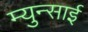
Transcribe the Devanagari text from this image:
म्युन्साई